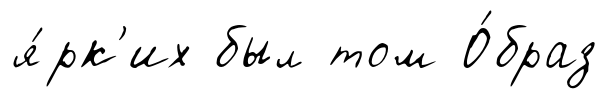
я́рк'их был том О́браз